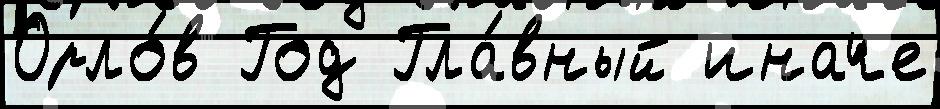
Орло́в Год Гла́вный иначе